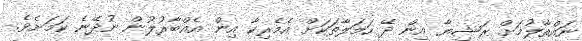
ނައްތާލުމަށް ރަޝިޔާ އިން ދޭ ހަމަލާތަކަށް އެމެރިކާ އިން އެއްބާރުލުން ނުދޭނެ ކަމަށެވެ.